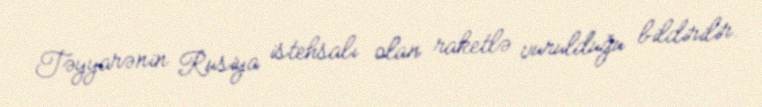
Təyyarənin Rusiya istehsalı olan raketlə vurulduğu bildirilir.